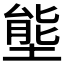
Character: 𭏙